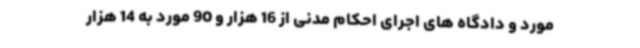
مورد و دادگاه های اجرای احکام مدنی از 16 هزار و 90 مورد به 14 هزار